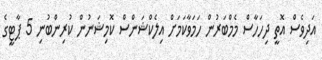
އަދިވެސް އޮތީ ދިހަހާސް މެމްބަރުން ހަމަވާކަމަށް އިލެކްޝަންސް ކޮމިޝަނުން ކުރިންބުނި 5 ޕާޓީގެ